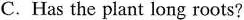
C.Has the plant long roots?